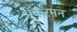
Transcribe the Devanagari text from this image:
अॅकरमन